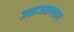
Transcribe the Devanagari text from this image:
जसाजसयलाग